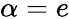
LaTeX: \alpha=e